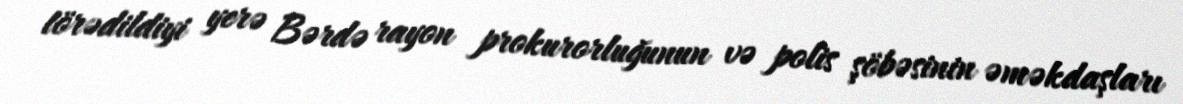
törədildiyi yerə Bərdə rayon prokurorluğunun və polis şöbəsinin əməkdaşları